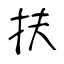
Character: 抹